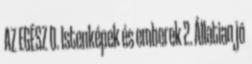
AZ EGÉSZ 0. Istenképek és emberek 2. Állatian jó